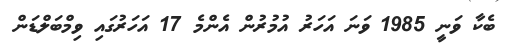
ބެކާ ވަނީ 1985 ވަނަ އަހަރު އުމުރުން އެންމެ 17 އަހަރުގައި ވިމްބަލްޑަން